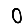
Digit: 0